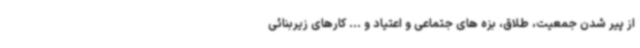
از پیر شدن جمعیت، طلاق، بزه های جتماعی و اعتیاد و ... کارهای زیربنائی